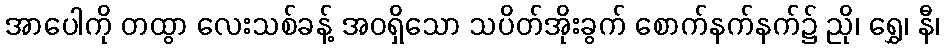
အာပေါကို တထွာ လေးသစ်ခန့် အဝရှိသော သပိတ်အိုးခွက် စောက်နက်နက်၌ ညို၊ ရွှေ၊ နီ၊